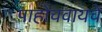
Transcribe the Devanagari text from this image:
पाहोचवायचे